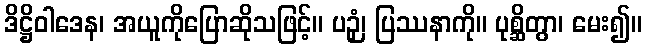
ဒိဋ္ဌိဝါဒေန၊ အယူကိုပြောဆိုသဖြင့်။ ပဉှံ၊ ပြဿနာကို။ ပုစ္ဆိတွာ၊ မေး၍။